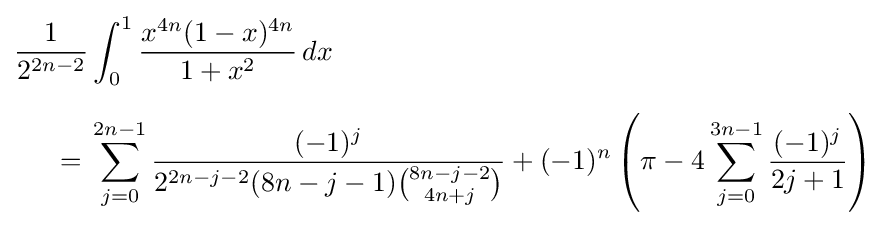
{\begin{aligned}{\frac {1}{2^{2n-2}}}&\int _{0}^{1}{\frac {x^{4n}(1-x)^{4n}}{1+x^{2}}}\,dx\\[6pt]={}&\sum _{j=0}^{2n-1}{\frac {(-1)^{j}}{2^{2n-j-2}(8n-j-1){\binom {8n-j-2}{4n+j}}}}+(-1)^{n}\left(\pi -4\sum _{j=0}^{3n-1}{\frac {(-1)^{j}}{2j+1}}\right)\end{aligned}}